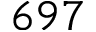
6 9 7